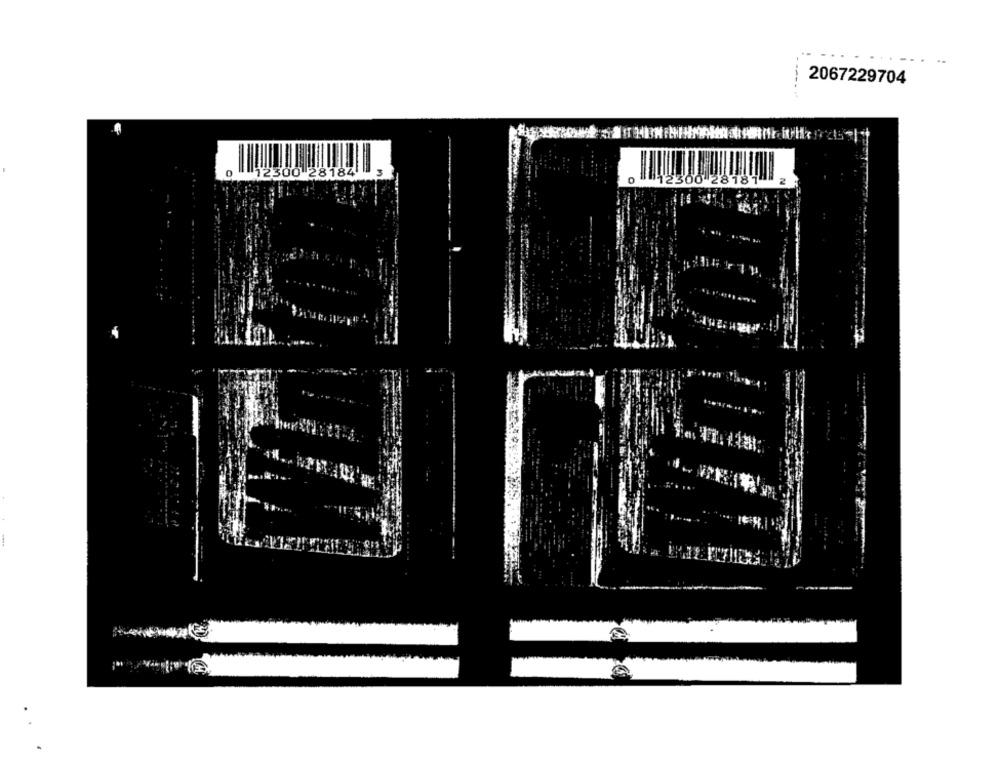
----
2067229704
0 12300 28184
3
12300 28181